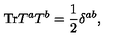
\mathrm { T r } T ^ { a } T ^ { b } = \frac { 1 } { 2 } \delta ^ { a b } ,